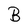
Character: B